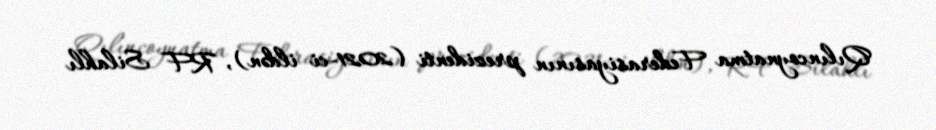
Qılıncoynatma Federasiyasının prezidenti (2021-ci ildən), RF Silahlı